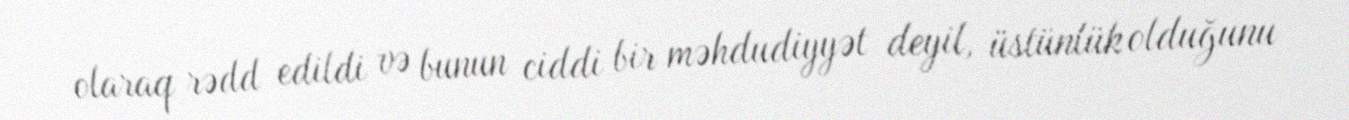
olaraq rədd edildi və bunun ciddi bir məhdudiyyət deyil, üstünlük olduğunu